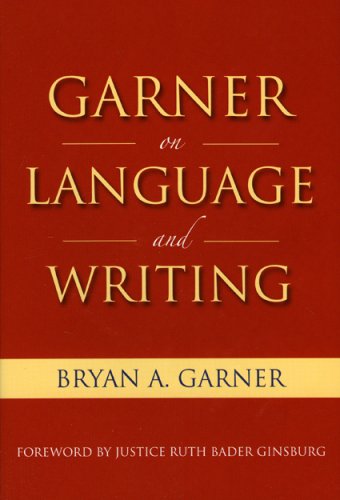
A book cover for Garner on Language & Writing; Bryan A. Garner; Law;